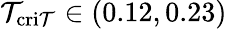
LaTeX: \mathcal{T}_{\mathrm{{cri\mathcal{T}}}}\in(0.12,0.23)